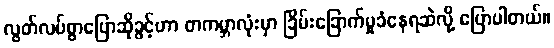
လွတ်လပ်စွာပြောဆိုခွင့်ဟာ တကမ္ဘာလုံးမှာ ခြိမ်းခြောက်မှုခံနေရဆဲလို့ ပြောပါတယ်။